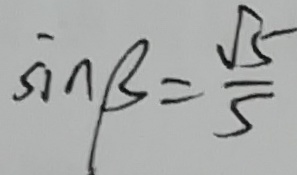
\sin \beta = \frac { \sqrt { 5 } } { 5 }